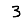
Digit: 3